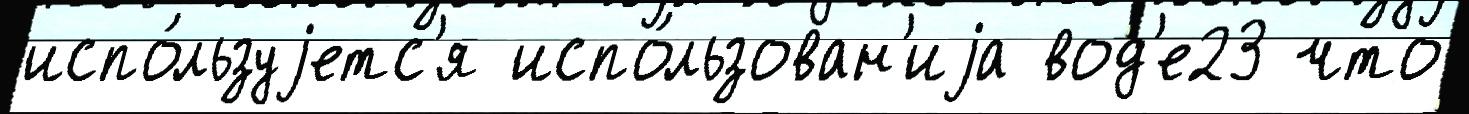
испо́льзуjетс'я испо́льзован'иjа вод'е23 что